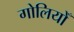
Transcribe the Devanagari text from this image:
गोलियोँ